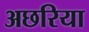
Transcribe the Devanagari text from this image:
अछरिया